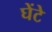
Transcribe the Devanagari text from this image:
घेंटे